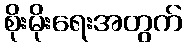
စိုးမိုးရေးအတွက်